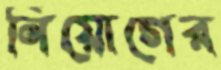
নিয়োগের